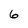
Character: 6